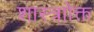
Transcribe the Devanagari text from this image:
शास्त्राोक्त